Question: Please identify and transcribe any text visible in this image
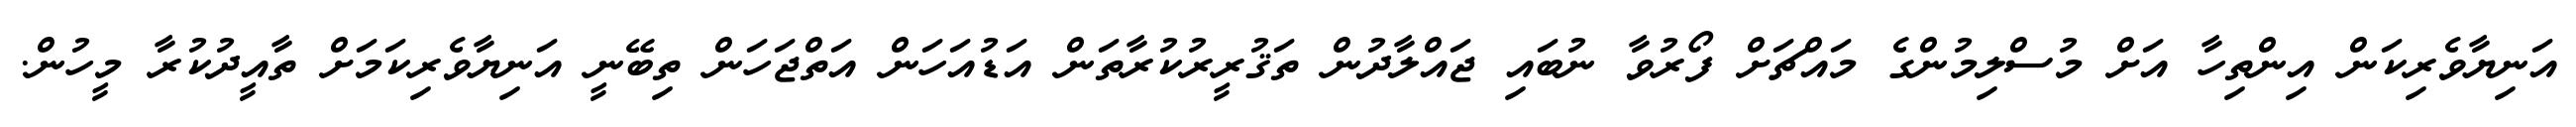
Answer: އަނިޔާވެރިކަން އިންތިހާ އަށް މުސްލިމުންގެ މައްޗަށް ފޯރުވާ ނުބައި ޖައްލާދުން ތަޤުރީރުކުރާތަން އަޑުއަހަން އަތްޖަހަން ތިބޭނީ އަނިޔާވެރިކަމަށް ތާއީދުކުރާ މީހުން.